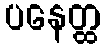
ပနေတ္ထ